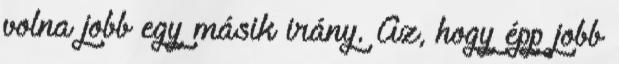
volna jobb egy másik irány. Az, hogy épp jobb